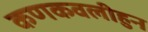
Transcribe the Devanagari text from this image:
कणकवलीहुन